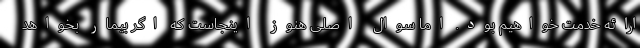
ارائه خدمت خواهیم بود. اما سوال اصلی هنوز اینجاست که اگر بیمار بخواهد